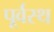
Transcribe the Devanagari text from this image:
पूर्वस्थ